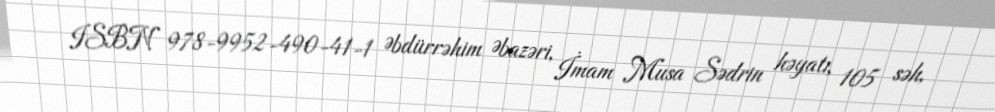
ISBN 978-9952-490-41-1 Əbdürrəhim Əbazəri, İmam Musa Sədrin həyatı, 105 səh,